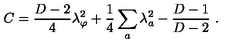
C = { \frac { D - 2 } { 4 } } \lambda _ { \varphi } ^ { 2 } + { \frac { 1 } { 4 } } \sum _ { a } \lambda _ { a } ^ { 2 } - { \frac { D - 1 } { D - 2 } } \ .